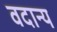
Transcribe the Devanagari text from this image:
वदान्य